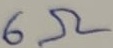
Text: 6Ω